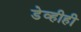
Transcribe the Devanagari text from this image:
डेव्हीही